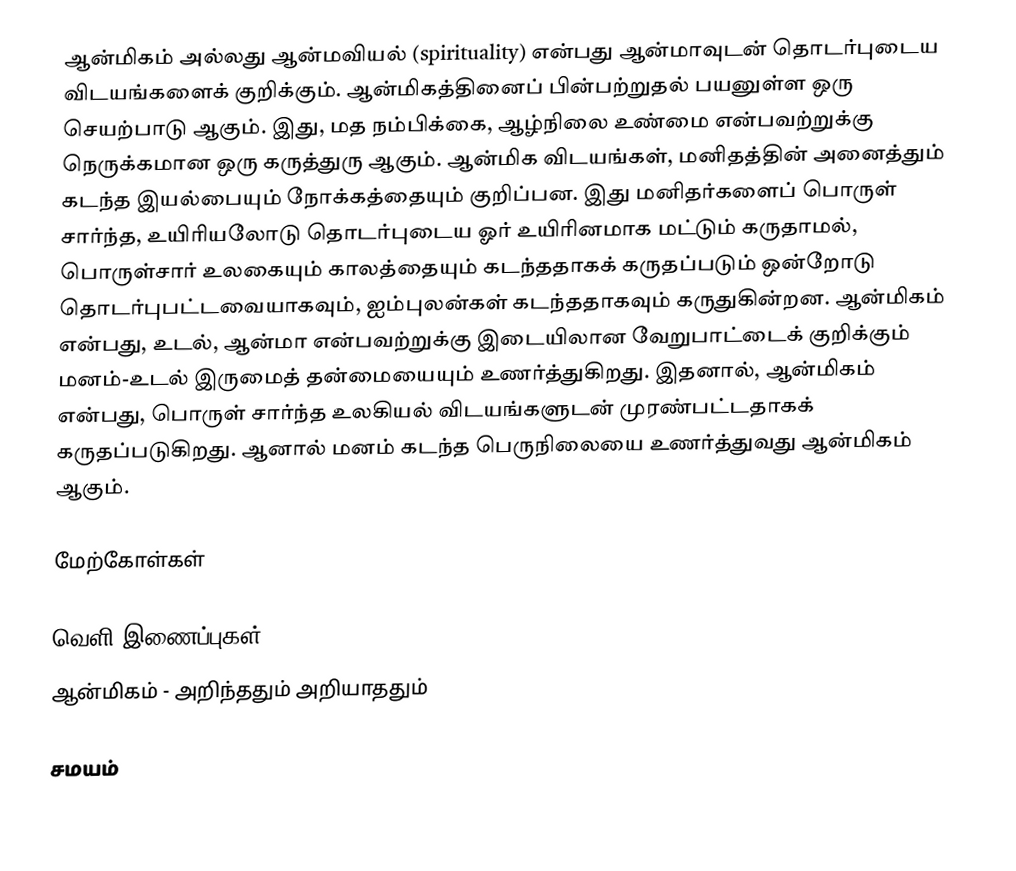
ஆன்மிகம் அல்லது ஆன்மவியல் (spirituality) என்பது ஆன்மாவுடன் தொடர்புடைய விடயங்களைக் குறிக்கும். ஆன்மிகத்தினைப் பின்பற்றுதல் பயனுள்ள ஒரு செயற்பாடு ஆகும்.  இது, மத நம்பிக்கை, ஆழ்நிலை உண்மை என்பவற்றுக்கு நெருக்கமான ஒரு கருத்துரு ஆகும். ஆன்மிக விடயங்கள், மனிதத்தின் அனைத்தும் கடந்த இயல்பையும் நோக்கத்தையும் குறிப்பன. இது மனிதர்களைப் பொருள் சார்ந்த, உயிரியலோடு தொடர்புடைய ஓர் உயிரினமாக மட்டும் கருதாமல், பொருள்சார் உலகையும் காலத்தையும் கடந்ததாகக் கருதப்படும் ஒன்றோடு தொடர்புபட்டவையாகவும், ஐம்புலன்கள் கடந்ததாகவும் கருதுகின்றன. ஆன்மிகம் என்பது, உடல், ஆன்மா என்பவற்றுக்கு இடையிலான வேறுபாட்டைக் குறிக்கும் மனம்-உடல் இருமைத் தன்மையையும் உணர்த்துகிறது. இதனால், ஆன்மிகம் என்பது, பொருள் சார்ந்த உலகியல் விடயங்களுடன் முரண்பட்டதாகக் கருதப்படுகிறது. ஆனால் மனம் கடந்த பெருநிலையை உணர்த்துவது ஆன்மிகம் ஆகும்.

மேற்கோள்கள்

வெளி இணைப்புகள்
ஆன்மிகம் - அறிந்ததும் அறியாததும்

சமயம்